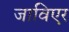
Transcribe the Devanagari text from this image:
जाविएर